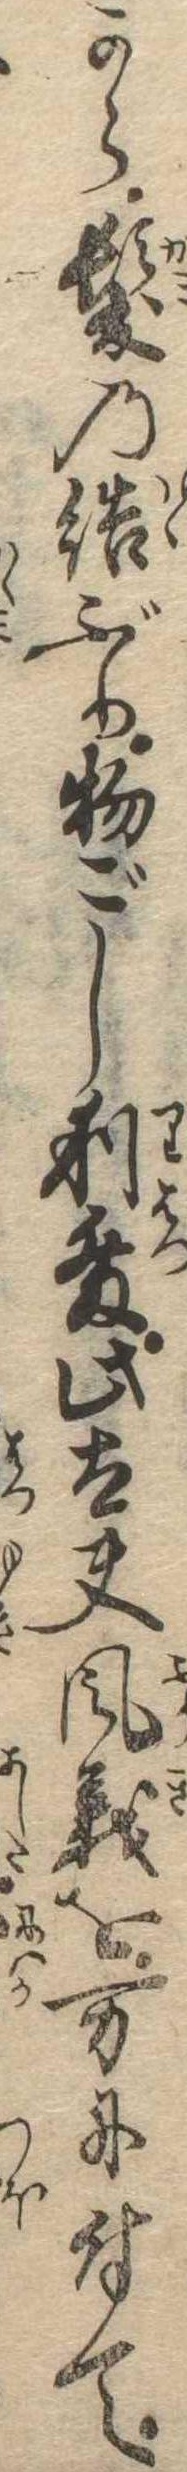
から髪の結ぶり物ごし利発此太夫風義を万に付て